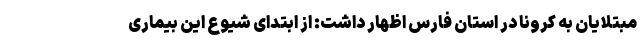
مبتلایان به کرونا در استان فارس اظهار داشت: از ابتدای شیوع این بیماری